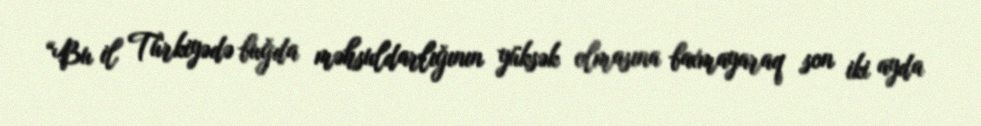
“Bu il Türkiyədə buğda məhsuldarlığının yüksək olmasına baxmayaraq son iki ayda